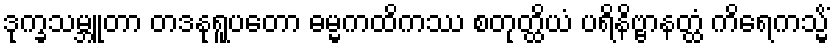
ဒုက္ခသမ္ဘူတာ တဒနုရူပတော ဓမ္မကထိကဿ စတုတ္ထိယံ ပရိနိဗ္ဗာနတ္ထံ ကိရေကသ္မိံ